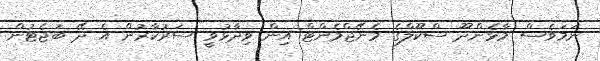
ނަމަވެސް މާޅެންދޫ ސްކޫލްގެ މެނޭޖްމެންޓް އިން ވިދާޅުވީ ސަރުކާރުން އެ ދޭ ބަޖެޓުން